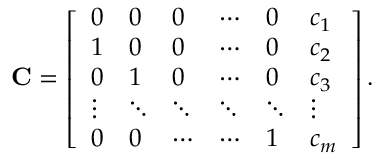
\mathbf { C } = \left[ \begin{array} { l l l l l l } { 0 } & { 0 } & { 0 } & { \cdots } & { 0 } & { c _ { 1 } } \\ { 1 } & { 0 } & { 0 } & { \cdots } & { 0 } & { c _ { 2 } } \\ { 0 } & { 1 } & { 0 } & { \cdots } & { 0 } & { c _ { 3 } } \\ { \vdots } & { \ddots } & { \ddots } & { \ddots } & { \ddots } & { \vdots } \\ { 0 } & { 0 } & { \cdots } & { \cdots } & { 1 } & { c _ { m } } \end{array} \right] .